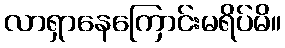
လာရှာနေကြောင်းမရိပ်မိ။